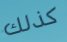
كذلك